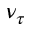
\nu _ { \tau }